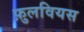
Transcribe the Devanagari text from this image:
फ़ुलवियस